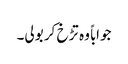
جواباً وہ تڑخ کر بولی۔